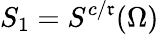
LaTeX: S_{1}=S^{c/\mathfrak{r}}(\Omega)